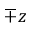
\mp z